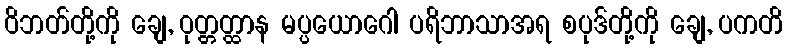
ဝိဘတ်တို့ကို ချေ, ဝုတ္တတ္ထာန မပ္ပယောဂေါ ပရိဘာသာအရ စပုဒ်တို့ကို ချေ, ပကတိ